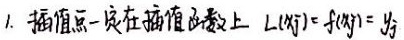
1. 插值点一定在插值函数上 \(L(x_j)=f(x_j)=y_j\) 。